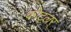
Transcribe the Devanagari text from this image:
कोट्ल्रर्